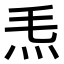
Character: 𤆬